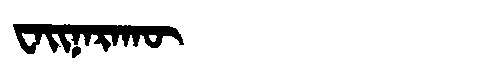
Manchu: ᠸᠠᡳᠨᠠᡵᠠᡴᡡ
Romanization: WAINARAKŪ